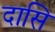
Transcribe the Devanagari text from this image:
दासि